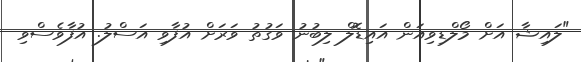
"ލައިޝާ އަށް މޯލްޑިވިއަން އައިޑޮލް ލިބުނު ވަގުތު ވަރަށް އުފާވި އަސްލު. އުފާވެސްވި